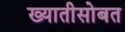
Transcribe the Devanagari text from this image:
ख्यातीसोबत